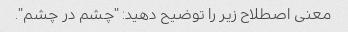
معنی اصطلاح زیر را توضیح دهید: "چشم در چشم".